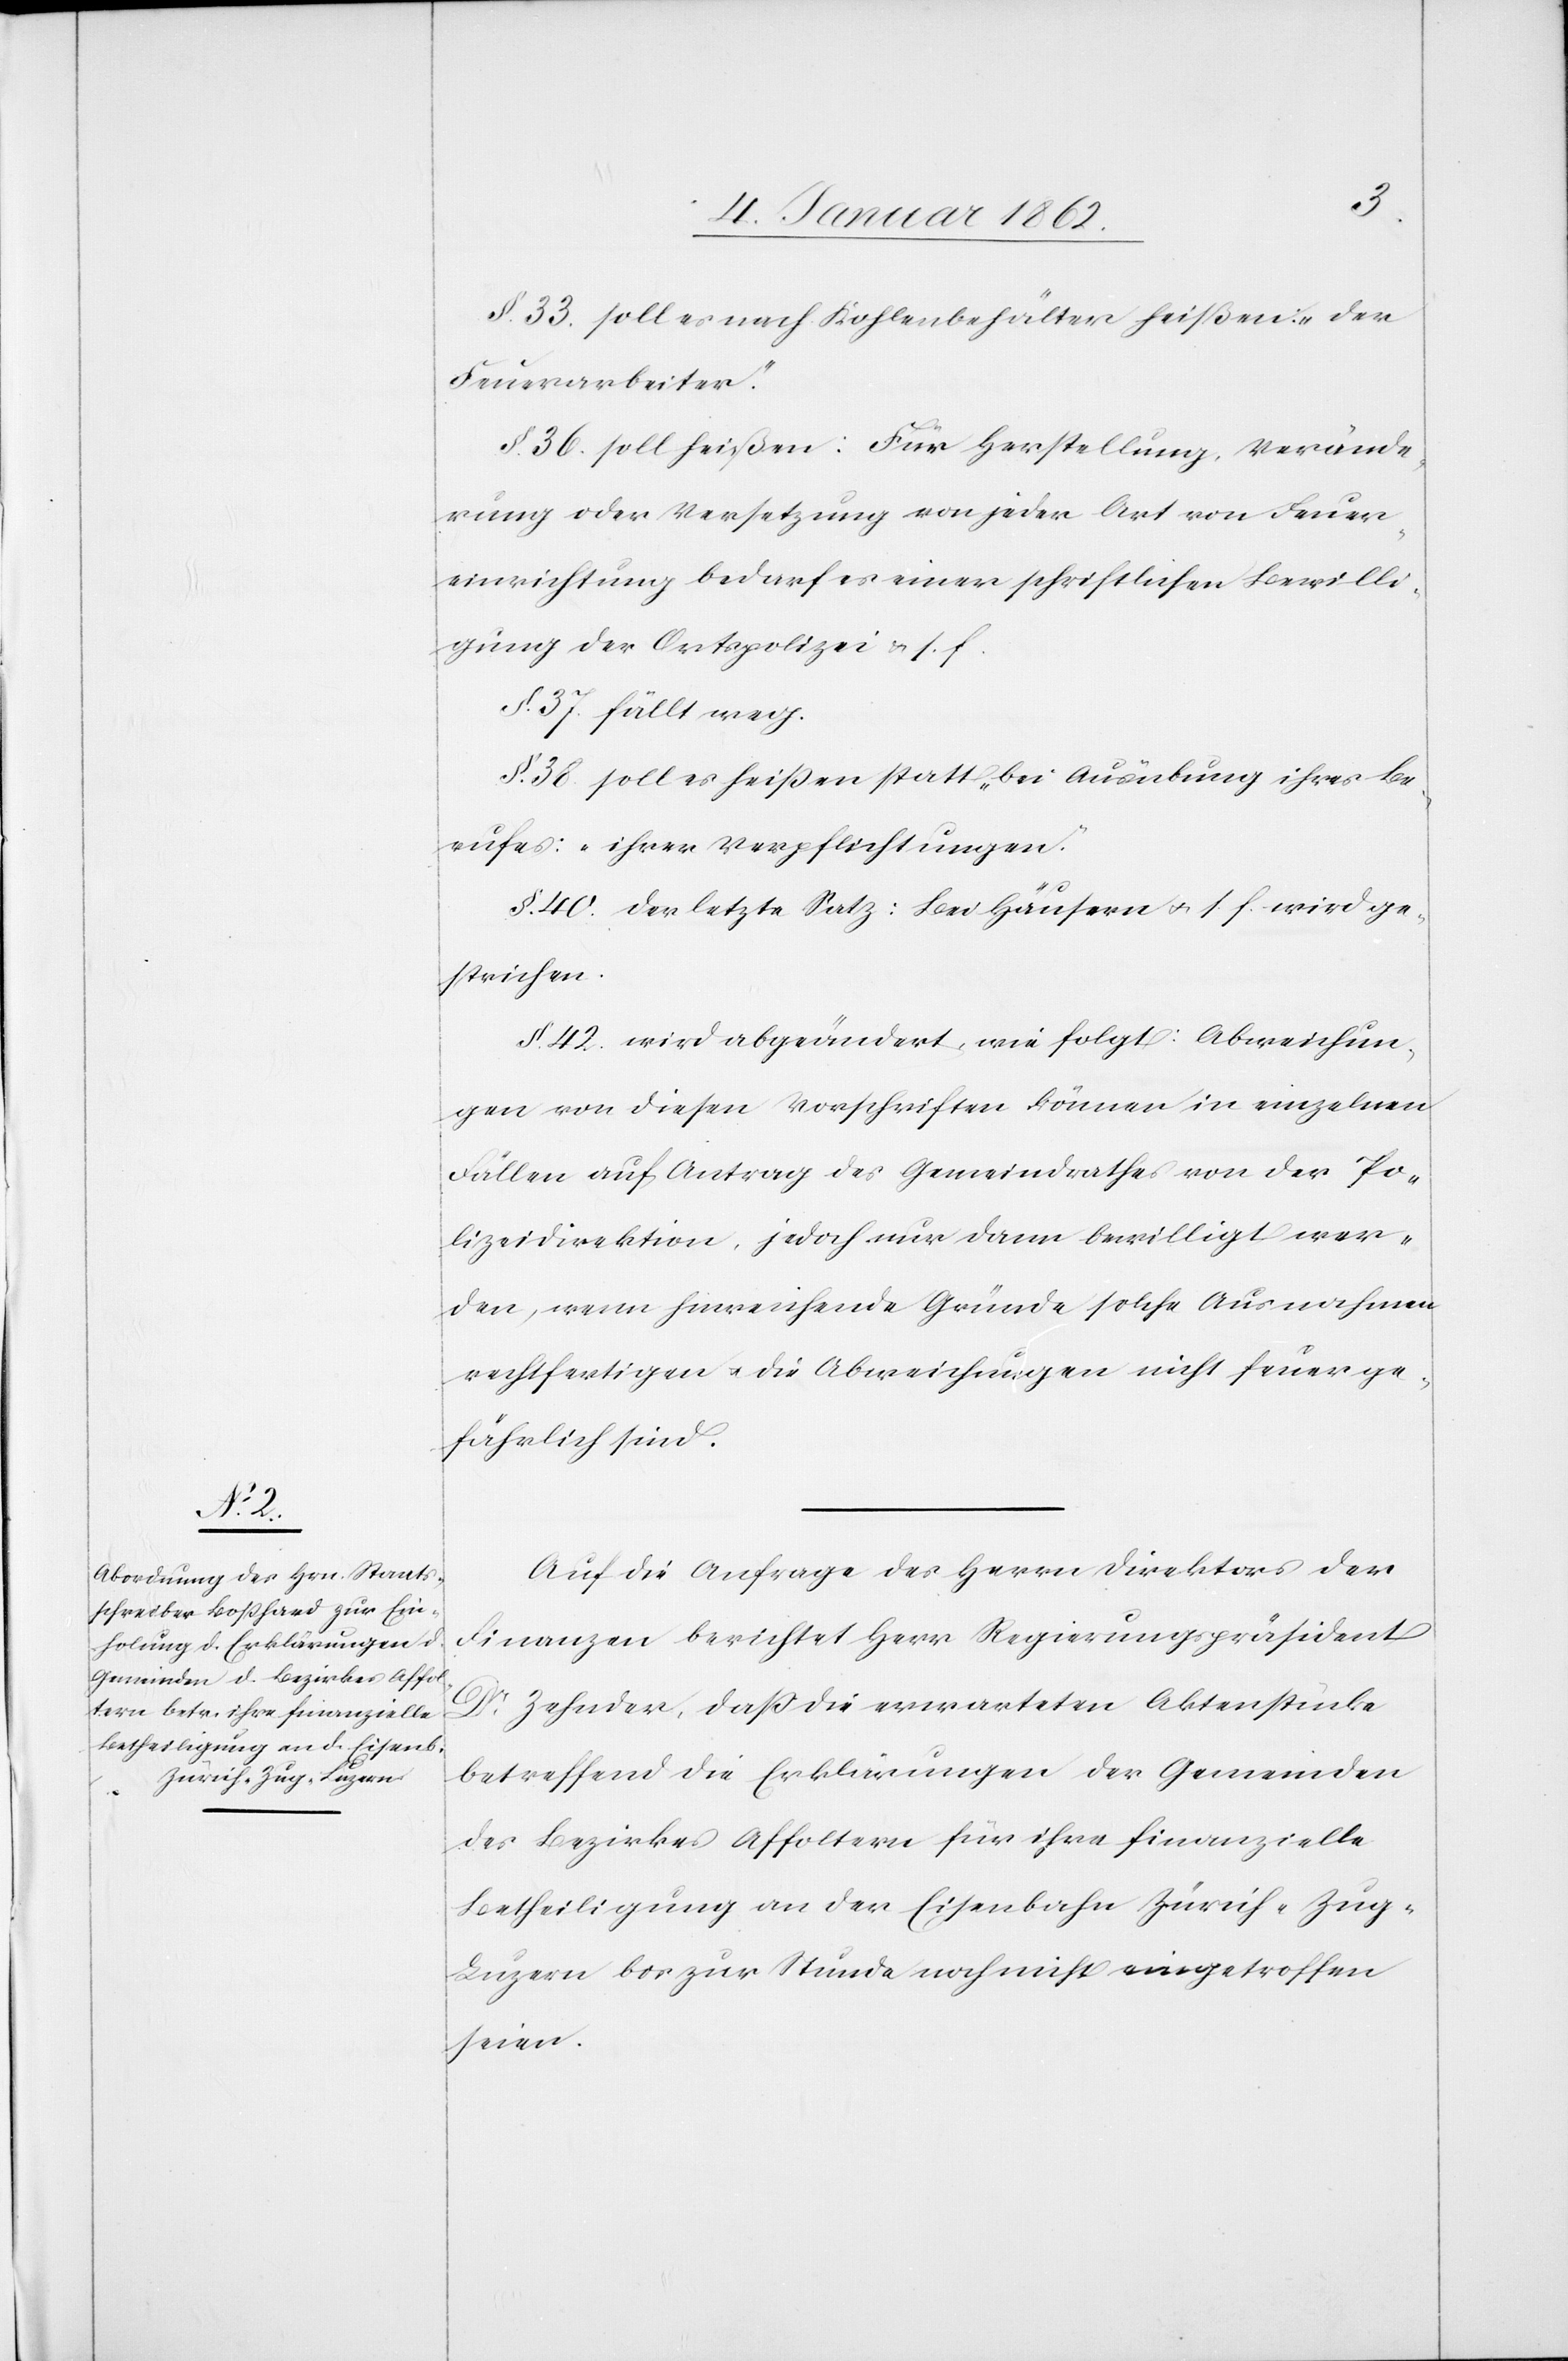
§. 33. soll es nach Kohlenbehälter heißen: „der
Feuerarbeiter“.
§. 36. soll heißen: Für Herstellung, Verände¬
rung oder Versetzung von jeder Art von Feuer¬
einrichtung bedarf es einer schriftlichen Bewilli¬
gung der Ortspolizei u. s. f.
§. 37. fällt weg.
§. 38. soll es heißen statt „bei Ausübung ihres Be¬
rufes[“]: „ihrer Verpflichtungen“.
§. 40. der letzte Satz: Bei Häusern u. s. f. wird ge¬
strichen.
§. 42. wird abgeändert, wie folgt: Abweichun¬
gen von diesen Vorschriften können in einzelnen
Fällen auf Antrag des Gemeindrathes von der Po¬
lizeidirektion, jedoch nur dann bewilligt wer¬
den, wenn hinreichende Gründe solche Ausnahmen
rechtfertigen u. die Abweichungen nicht feuerge¬
fährlich sind.
Auf die Anfrage des Herrn Direktors der
Finanzen berichtet Herr Regierungspräsident
Dr. Zehnder, daß die erwarteten Aktenstücke
betreffend die Erklärungen der Gemeinden
des Bezirkes Affoltern für ihre finanzielle
Betheiligung an der Eisenbahn Zürich–Zug–L¬
uzern bis zur Stunde noch nicht eingetroffen
seien.